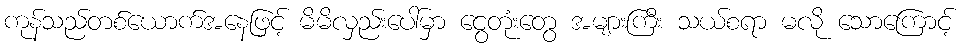
ကုန်သည်တစ်ယောက်အနေဖြင့် မိမိလှည်းပေါ်မှာ ငွေတုံးတွေ အများကြီး သယ်စရာ မလို သောကြောင့်